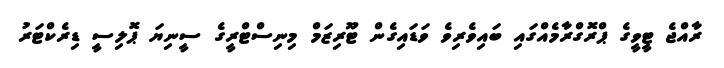
ރާއްޖެ ޓީވީގެ ޕްރޮގްރާމެއްގައި ބައިވެރިވެ ވަޑައިގެން ޓޫރިޒަމް މިނިސްޓްރީގެ ސީނިޔަ ޕޮލިސީ ޑިރެކްޓަރު